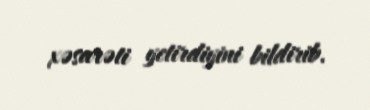
xəsarəti yetirdiyini bildirib.